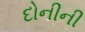
દોનીની